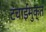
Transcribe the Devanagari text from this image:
टंचाईमुक्त